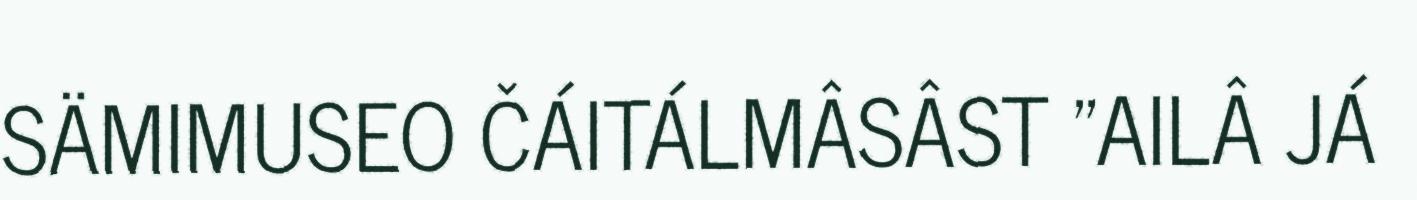
SÄMIMUSEO ČÁITÁLMÂSÂST "AILÂ JÁ